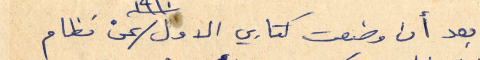
بعد أن وضعت كتابي الاول ١٩١٠عن نظام